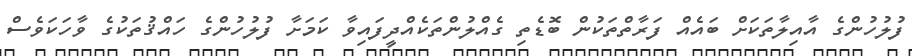
ފުލުހުންގެ އާއިލާތަކަށް ބައެއް ފަރާތްތަކުން ބޮޑެތި ގެއްލުންތަކެއްދީފައިވާ ކަމަށާ ފުލުހުންގެ ހައްޤުތަކުގެ ވާހަކަވެސް